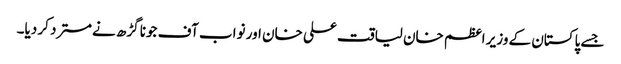
جسے پاکستان کے وزیر اعظم خان لیاقت علی خان اور نواب آف جونا گڑھ نےمسترد کر دیا۔